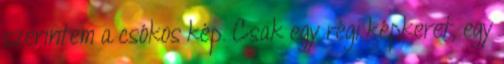
szerintem a csókos kép. Csak egy régi képkeret, egy